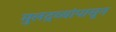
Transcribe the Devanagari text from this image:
मुलद्रव्यांपासून